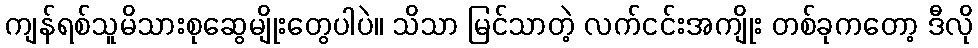
ကျန်ရစ်သူမိသားစုဆွေမျိုးတွေပါပဲ။ သိသာ မြင်သာတဲ့ လက်ငင်းအကျိုး တစ်ခုကတော့ ဒီလို